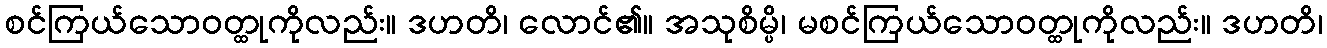
စင်ကြယ်သောဝတ္ထုကိုလည်း။ ဒဟတိ၊ လောင်၏။ အသုစိမ္ပိ၊ မစင်ကြယ်သောဝတ္ထုကိုလည်း။ ဒဟတိ၊